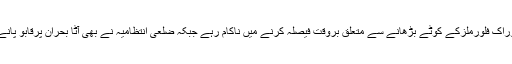
رپورٹ کے مطابق سیکرٹری خوراک فلورملزکے کوٹے بڑھانے سے متعلق بروقت فیصلہ کرنے میں ناکام رہے جبکہ ضلعی انتظامیہ نے بھی آٹا بحران پرقابو پانے کیلئے ٹھوس اقدامات نہیں کیے۔